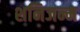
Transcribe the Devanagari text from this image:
शनिजन्म